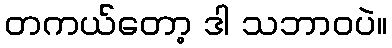
တကယ်တော့ ဒါ သဘာဝပဲ။